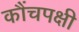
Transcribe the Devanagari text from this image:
कौंचपक्षी